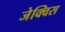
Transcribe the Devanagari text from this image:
जेक्विस